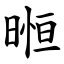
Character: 暅